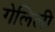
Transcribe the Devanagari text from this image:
गेलिली